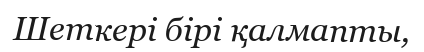
Шеткері бірі қалмапты,